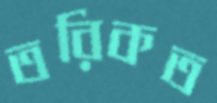
তরিকত